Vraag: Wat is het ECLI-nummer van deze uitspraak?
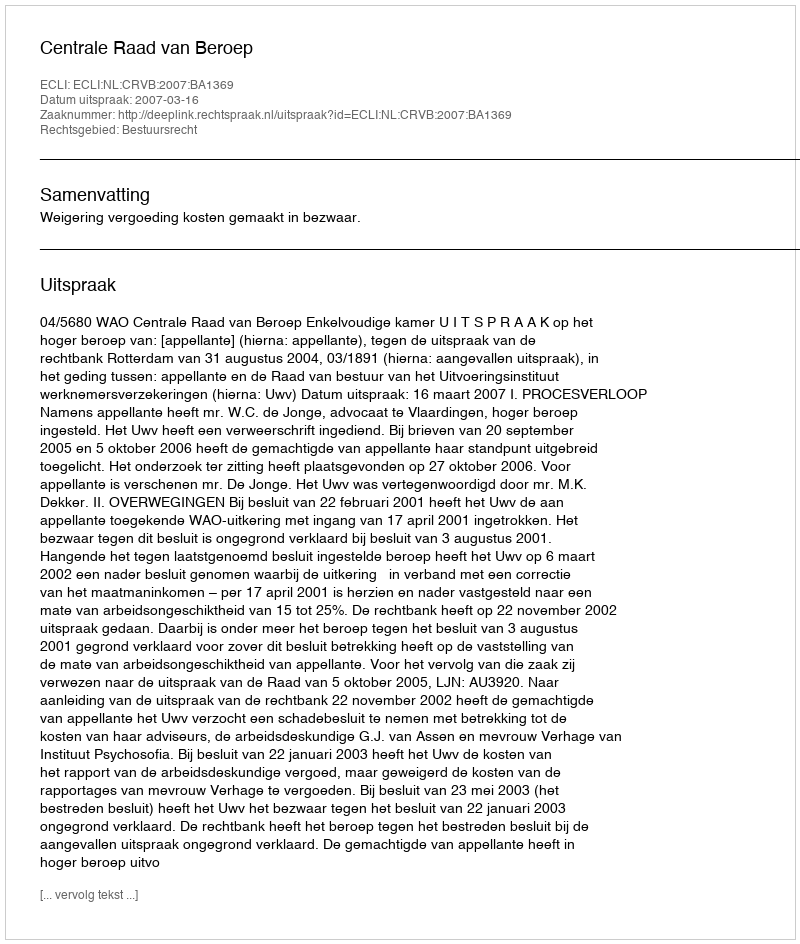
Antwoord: ECLI:NL:CRVB:2007:BA1369